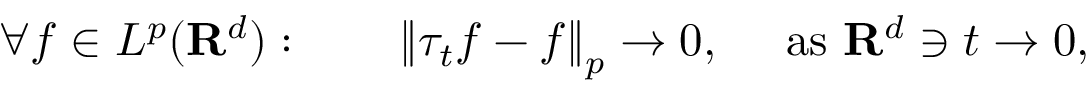
\forall f \in L ^ { p } ( \mathbf { R } ^ { d } ) : \qquad \left\| \tau _ { t } f - f \right\| _ { p } \to 0 , \quad { \mathrm { ~ a s ~ } } \mathbf { R } ^ { d } \ni t \to 0 ,